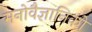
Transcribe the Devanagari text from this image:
मनाेवैज्ञानिकाें